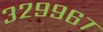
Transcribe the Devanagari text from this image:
३२९९६७